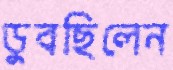
ডুবছিলেন